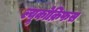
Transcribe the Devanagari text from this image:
ल्यूकोक्रिफस